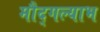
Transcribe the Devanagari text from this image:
मौद्गल्याभ